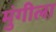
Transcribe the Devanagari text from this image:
मुंगीला